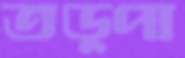
তড়্‌পা